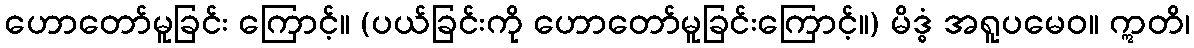
ဟောတော်မူခြင်း ကြောင့်။ (ပယ်ခြင်းကို ဟောတော်မူခြင်းကြောင့်။) မိဒ္ဓံ အရူပမေဝ။ ဣတိ၊